Plague in India, 1896, 1897 - Volume 1
Year: 1896
Disease focus: Plague
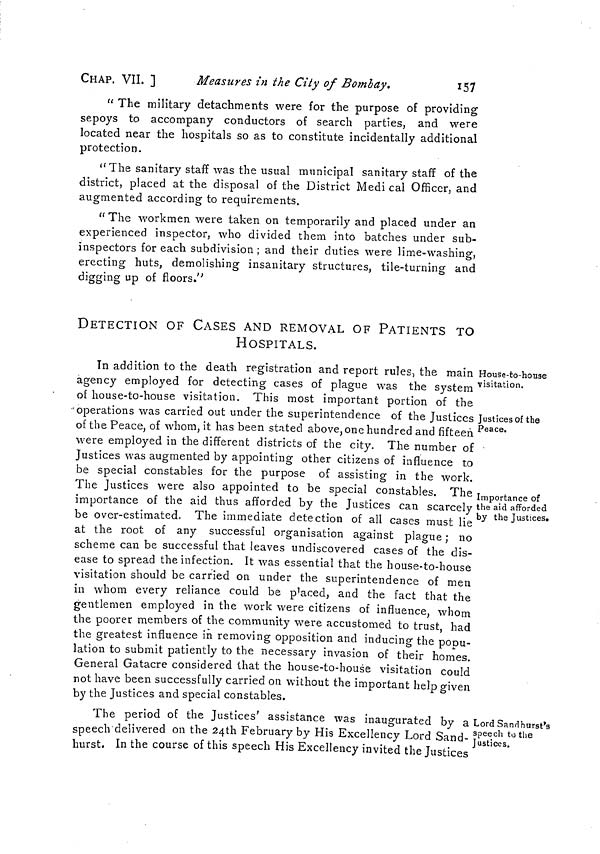
CHAP. VII. ]
Measures in the City of Bombay,
157
" The military detachments were for the purpose of providing
sepoys to accompany conductors of search parties, and were
located near the hospitals so as to constitute incidentally additional
protection.
"The sanitary staff was the usual municipal sanitary staff of the
district, placed at the disposal of the District Medi cal Officer, and
augmented according to requirements.
" The workmen were taken on temporarily and placed under an
experienced inspector, who divided them into batches under sub-
inspectors for each subdivision; and their duties were lime-washing,
erecting huts, demolishing insanitary structures, tile-turning and
digging up of floors."
DETECTION OF CASES AND REMOVAL OF PATIENTS TO
HOSPITALS.
House-to-house
visitation.
Justices of the
Peace.
Importance of
the aid afforded
by the Justices.
In addition to the death registration and report rules, the main
agency employed for detecting cases of plague was the system
of house-to-house visitation. This most important portion of the
"operations was carried out under the superintendence of the Justices
of the Peace, of whom, it has been stated above, one hundred and fifteen
were employed in the different districts of the city. The number of
Justices was augmented by appointing other citizens of influence to
be special constables for the purpose of assisting in the work.
The Justices were also appointed to be special constables. The
importance of the aid thus afforded by the Justices can scarcely
be over-estimated. The immediate detection of all cases must lie
at the root of any successful organisation against plague ; no
scheme can be successful that leaves undiscovered cases of the dis-
ease to spread the infection. It was essential that the house-to-house
visitation should be carried on under the superintendence of men
in whom every reliance could be placed, and the fact that the
gentlemen employed in the work were citizens of influence, whom
the poorer members of the community were accustomed to trust, had
the greatest influence in removing opposition and inducing the popu-
lation to submit patiently to the necessary invasion of their homes.
General Gatacre considered that the house-to-house visitation could
not have been successfully carried on without the important help given
by the Justices and special constables.
Lord Sandhurst's
speech to the
Justices.
The period of the Justices' assistance was inaugurated by a
speech delivered on the 24th February by His Excellency Lord Sand-
hurst. In the course of this speech His Excellency invited the Justices